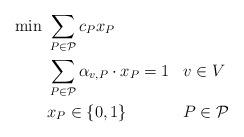
LaTeX: \begin{align*} \begin{aligned} \min\ &\sum_{P \in \mathcal{P}} c_P x_P \\ &\sum_{P \in \mathcal{P}} \alpha_{v,P} \cdot x_P = 1 && v \in V \\ &x_P \in \{0, 1\} && P \in \mathcal{P} \\ \end{aligned}\end{align*}